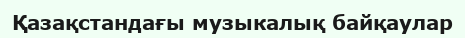
Қазақстандағы музыкалық байқаулар